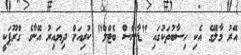
އޭރު މާލޭގެ އެކި ހިސާބުތަކުގައި "ޑާންސް ބެޓްލް" ކުރިއަށް ދިޔައިރު އޭނާގެ ގްރޫޕަކީ